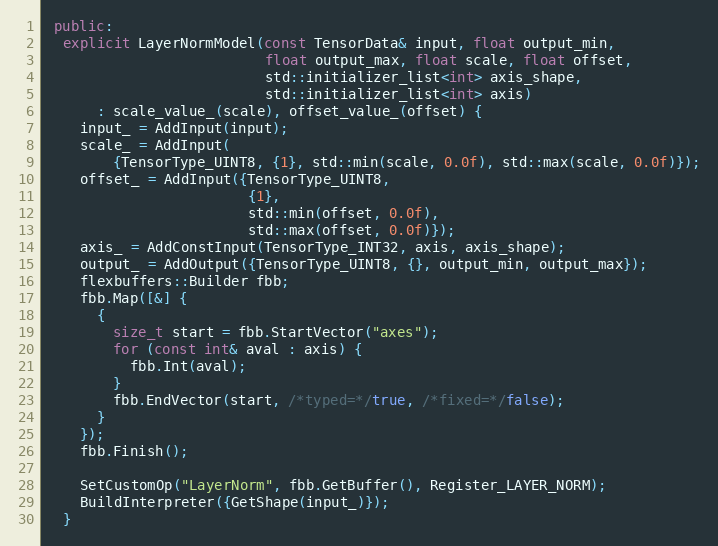
Language: C++
 public:
  explicit LayerNormModel(const TensorData& input, float output_min,
                          float output_max, float scale, float offset,
                          std::initializer_list<int> axis_shape,
                          std::initializer_list<int> axis)
      : scale_value_(scale), offset_value_(offset) {
    input_ = AddInput(input);
    scale_ = AddInput(
        {TensorType_UINT8, {1}, std::min(scale, 0.0f), std::max(scale, 0.0f)});
    offset_ = AddInput({TensorType_UINT8,
                        {1},
                        std::min(offset, 0.0f),
                        std::max(offset, 0.0f)});
    axis_ = AddConstInput(TensorType_INT32, axis, axis_shape);
    output_ = AddOutput({TensorType_UINT8, {}, output_min, output_max});
    flexbuffers::Builder fbb;
    fbb.Map([&] {
      {
        size_t start = fbb.StartVector("axes");
        for (const int& aval : axis) {
          fbb.Int(aval);
        }
        fbb.EndVector(start, /*typed=*/true, /*fixed=*/false);
      }
    });
    fbb.Finish();

    SetCustomOp("LayerNorm", fbb.GetBuffer(), Register_LAYER_NORM);
    BuildInterpreter({GetShape(input_)});
  }